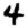
Digit: 4